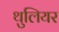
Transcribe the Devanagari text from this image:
थुलियर